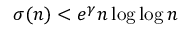
\ \sigma ( n ) < e ^ { \gamma } n \log \log n